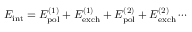
E _ { \mathrm { i n t } } = E _ { \mathrm { p o l } } ^ { ( 1 ) } + E _ { \mathrm { e x c h } } ^ { ( 1 ) } + E _ { \mathrm { p o l } } ^ { ( 2 ) } + E _ { \mathrm { e x c h } } ^ { ( 2 ) } \cdots